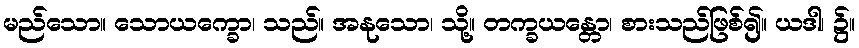
မည်သော။ သောယက္ခော၊ သည်။ အနုသော၊ သို့။ တက္ခယန္တော၊ စားသည်ဖြစ်၍။ ယဒါ၊ ၌။